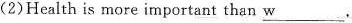
(2)Health is more important than \underline{W} .